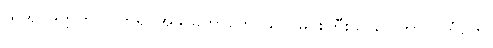
ထိုအဂ္ဂိဒတ္တကို။ ပိတရိ၊ အဖ မဟာကောသလမင်းကြီးသည်။ ကာလင်္ကတေ၊